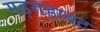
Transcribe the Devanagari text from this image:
गड़गड़ाबट